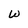
Character: w